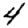
Digit: 4